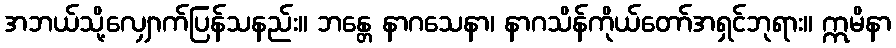
အဘယ်သို့လျှောက်ပြန်သနည်း။ ဘန္တေ နာဂသေနာ၊ နာဂသိန်ကိုယ်တော်အရှင်ဘုရား။ ဣမိနာ